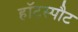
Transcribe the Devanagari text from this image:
हॉटस्‍पौट